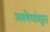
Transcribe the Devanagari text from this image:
अवषेशांवरून